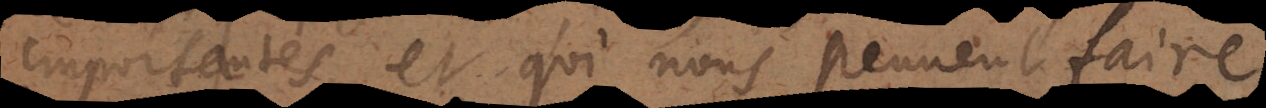
importantes, et qui nous peuvent faire